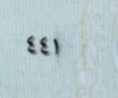
٤٤١